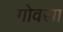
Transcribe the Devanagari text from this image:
गोवसा